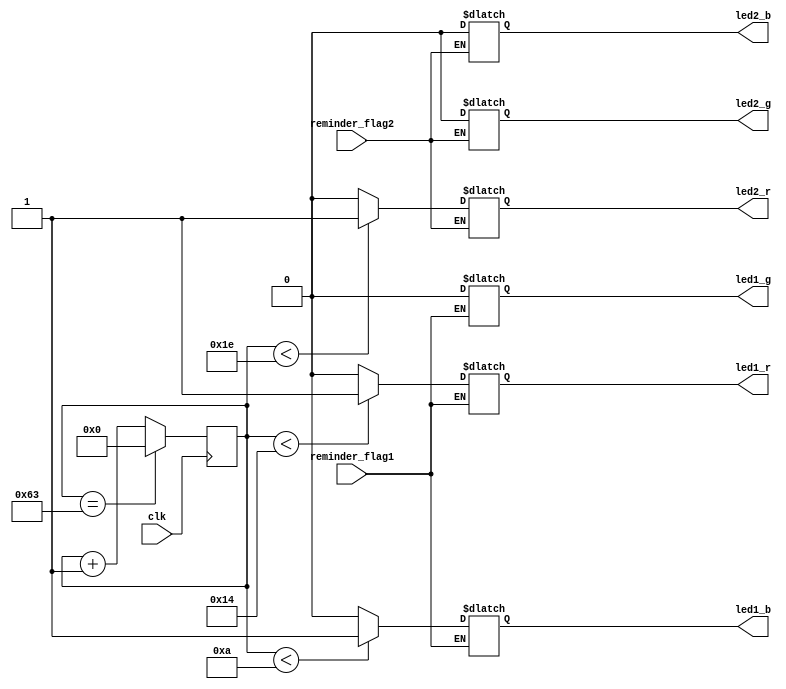
`timescale 1ns / 1ps

module PWM(
    input clk,
    input reminder_flag1,
    input reminder_flag2,
    output led1_r, led1_g, led1_b,
    output led2_r, led2_g, led2_b
    );
    
    // Create the PWM to drive RGBs
    reg [6:0] counter_100 = 0;
    wire pwm_30, pwm_20, pwm_10;
    reg led1_r_reg, led1_g_reg, led1_b_reg;
    reg led2_r_reg, led2_g_reg, led2_b_reg;
    
    always @(posedge clk)
    begin
        if(counter_100 == 99)
            counter_100 <= 0;
        else
            counter_100 <= counter_100 + 1;
    end
            
    assign pwm_10 = (counter_100 < 10) ? 1 : 0; // 10% duty cycle
    assign pwm_20 = (counter_100 < 20) ? 1 : 0; // 20% duty cycle
    assign pwm_30 = (counter_100 < 30) ? 1 : 0; // 30% duty cycle
    
  
    always @*
    begin
        if (reminder_flag1)
        begin
            led1_r_reg <= pwm_20; //purple
            led1_g_reg <= 1'b0;
            led1_b_reg <= pwm_10;
        end 
    end
    
    always @*
    begin
        if (reminder_flag2)
        begin
             led2_r_reg <= pwm_30; //red 
             led2_g_reg <= 1'b0;
             led2_b_reg <= 1'b0;
        end 
    end
    
    //Output Assignments
    assign led1_r = led1_r_reg;
    assign led1_g = led1_g_reg;
    assign led1_b = led1_b_reg;
    
    assign led2_r = led2_r_reg;
    assign led2_g = led2_g_reg;
    assign led2_b = led2_b_reg;
    
    
endmodule